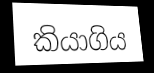
කියාගිය